King Institute of Preventive Medicine Micro-Biological Section reports 1909-11
Year: 1909
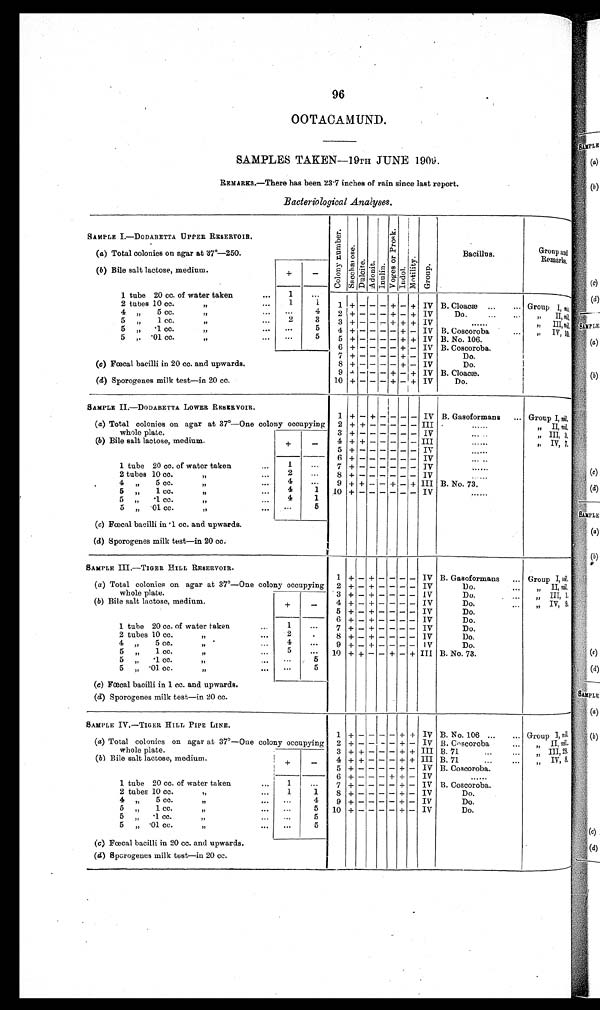
96
OOTACAMUND.
SAMPLES TAKEN—19TH JUNE 1909.
REMARkS.—There has been 23.7 inches of rain since last report.
Bacteriological Analyses.
SAMPLE I.—DODABETTA UPPER RESERVOIR.
Col ony number . Sa c c h a r o s e . D u l c i t e . Dui
A d o n i t .
I n u l i n .
V o g e s a n d P r o s k . I n d o l .
Mot i l i t y. Group.
B a c i l l u s .
G r o u p a n d
R e m a r k s .
(a) Total colonies on agar at 37°—250.
(b) Bile salt lactose, medium.
+ —
1 tube 20 cc. of water taken
. . .
1 ...
1 + -
- - +
- + IV
B. Cloacæ
. . . . . .
G r o u p I ,
n i l .
2 t u b e s 1 0 c c . , , . . .
1 1
4 , , 5 c c . , , . . .
. . .
4
2
+ -
- - +
- + IV
D o . . . . . . .
, , I I ,
n i l .
5 , , 1 c c . , , . . .
2 3
3
+ -
- - +
+ + IV
. . . . . .
, , I I I ,
n i l .
5 , , · 0 c c . , , . . .
. . .
5
4
+ -
- - -
+ - IV
B . C o s c o r o b a . . . .
, , I V , 1 0 .
5 , , · 0 1 c c . , , . . .
. . .
5
5 + -
- - -
+ + IV
B . N o . 1 0 6 .
6 + -
- - -
+ - IV
B . C o s c o r o b a . . . .
(c) Fœcal bacilli in 20 cc. and upwards.
7 + -
- - -
+ — IV
D o .
8 + -
- - -
- + —
D o .
9 + -
- - +
- + IV B. Cloacæ.
(d) Sporogenes milk test—in 20 cc.
10 + -
- - +
- + IV
D o .
SAMPLE II.—DODABETTA LOWER RESERVOIR.
1 + — + — — — —IV
B. Gasoformans
...
G r o u p I ,
n i l .
(a)
T o t a l c o l o n i e s o n a g e r a t 3 7 º — O n e c o l o n y o c c u p y i n g w h o l e p l a t e .
2 + +
— — — — —
III
. . . . . .
, , I I , n i l .
( b ) B i l e s a l t l a c t o s e , m e d i u m .
+ —
3
+ — — — — — —IV
. . . . .
, , I I I , 3 .
4 + +
— — — — — III
. . . . .
, , I V , 7 .
IV
. . . . . .
1 t u b e 2 0 c c . o f w a t e r t a k e n …
5 + — — — — —
1 ...
—
6 + — — — — — —IV
. . . . .
2 t u b e s 1 0 c c . , , …
2 ...
7 + — — — — — —IV
. . . . . .
4 , , 5 c c . , , …
4 ...
8 + — — — — — —IV
. . . . . .
5 , , 1 c c . , , …
4 1
9 + +
—
— + — + III
B . N o . 7 3 .
5 , , · 1 c c . , , …
4 1
10 + — — — — — —IV
. . . . . .
5 „
· 0 1 c c .
. . .
. . .
5
(c) Fœcal bacilli in ·1 cc. and upwards.
(d) Sporogenes milk test—in 20 cc.
SAMPLE III.—TIGER HILL RESERVOIR.
1
+ — + — — — —IV
B. Gasoformans
G r o u p I ,
n i l .
(a) Total colonies on ager at 37º—One colony occupying whole plate. 2 + — + — — — —IV
D o . . . .
, , I I ,
n i l .
3 + — + — — — —IV
D o . . .
, , I I I , 1 .
(b) Bile salt lactose, medium.
+ —
4 + — + — — — —Iv
D o . . .
, , I V , 9 .
5 + — + — — — —Iv
D o .
6 + — + — — — —IV
D o .
1 tube 20 cc. of water taken …
1 tube 20 cc. of water taken
1
•••
7 + — + — — — — IV
Do.
...
7 + — + — — — —IV
D o .
2 tubes 10 cc. ,, …
2 tubes 10 cc.
...
2
8 +—+---- IV
Do.
.
8 + — + — — — —IV
D o .
4 ,, 5 cc. ,, …
4 ...
9 + — + — — — —IV
D o .
5 ,, 1 cc. ,, …
5 ...
10 + +
— — +
— + III
B . N o . 7 3 .
5 „
·1 cc.
„
...
. . .
5
5 „ ·01cc. ,, ...
. . .
5
( c ) Fœcal bacilli in 1 cc. and upwards.
(d) Sporogenes milk test—in 20 cc.
SAMPLE IV.—TIGER HILL PIPE LINE.
1 + — — — — — + IV
B . N o . 1 0 6 . . . . . .
G r o u p I ,
n i l .
(a) Total colonies on ager at 37º—One colony occupying whole plate. 2
+ — — — — — Iv
B . C o s c o r o b a . . . .
, , I I ,
n i l .
3 + +
— — — — + III
B . 7 1 . . . . . .
, , I I I , 2 8 .
(b) Bile salt lactose, medium.
+ —
4 + +
— — — — + III
B . 7 1 . . . . . .
, , I V , 8 .
5 + — — — — — —IV
B . C o s c o r o b a .
6 + — — — +
— —IV
. . . . . . .
1 ...
1 tube 20 cc. of water taken …
7 + — — — — — —IV
B . C o s c o r o b a .
2 tubes 10 cc. ,, …
1 1
8 + — — — — — —IV
D o .
4 ,, 5 cc. ,, …
. . .
4
9 + — — — — — —IV
D o .
5 ,, 1 cc. ,, …
. . .
5
10 + — — — — — —IV
D o .
5 „
·1 cc.
,,
. . .
. . .
5
IV
5 , , · 0 1 c c . , , …
. . .
5
( c ) Fœtal bacilli in 20 cc. and upwards.
( d) Sporogenes milk test—in 20 cc.